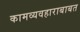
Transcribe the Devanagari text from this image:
कामव्यवहाराबाबत